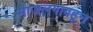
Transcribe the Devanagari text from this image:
माजलगावहून